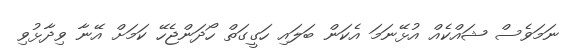
ނަމަވެސް ޝައްކެއް އުޅޭނަމަ އެކަން ބަލައި ހަގީގަތް ހޯދަންޖެހޭ ކަމަށް އޭނާ ވިދާޅުވި